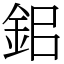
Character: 鈻